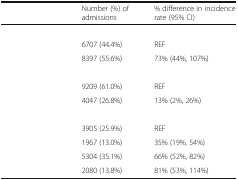
<table><thead><tr><td>[EMPTY_CELL]</td><td><b>Number (%) of admissions</b></td><td><b>% difference in incidence rate (95% CI)</b></td></tr></thead><tbody><tr><td>[EMPTY_CELL]</td><td>[EMPTY_CELL]</td><td>[EMPTY_CELL]</td></tr><tr><td>[EMPTY_CELL]</td><td>6707 (44.4%)</td><td>REF</td></tr><tr><td>[EMPTY_CELL]</td><td>8397 (55.6%)</td><td>73% (44%, 107%)</td></tr><tr><td>[EMPTY_CELL]</td><td>[EMPTY_CELL]</td><td>[EMPTY_CELL]</td></tr><tr><td>[EMPTY_CELL]</td><td>9209 (61.0%)</td><td>REF</td></tr><tr><td>[EMPTY_CELL]</td><td>4047 (26.8%)</td><td>13% (2%, 26%)</td></tr><tr><td>[EMPTY_CELL]</td><td>[EMPTY_CELL]</td><td>[EMPTY_CELL]</td></tr><tr><td>[EMPTY_CELL]</td><td>3905 (25.9%)</td><td>REF</td></tr><tr><td>[EMPTY_CELL]</td><td>1967 (13.0%)</td><td>35% (19%, 54%)</td></tr><tr><td>[EMPTY_CELL]</td><td>5304 (35.1%)</td><td>66% (52%, 82%)</td></tr><tr><td>[EMPTY_CELL]</td><td>2080 (13.8%)</td><td>81% (53%, 114%)</td></tr></tbody></table>